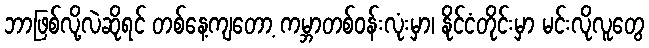
ဘာဖြစ်လို့လဲဆိုရင် တစ်နေ့ကျတော့ ကမ္ဘာတစ်ဝန်းလုံးမှာ၊ နိုင်ငံတိုင်းမှာ မင်းလိုလူတွေ